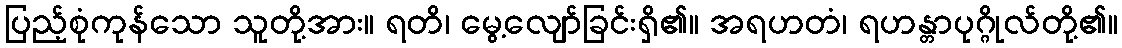
ပြည့်စုံကုန်သော သူတို့အား။ ရတိ၊ မွေ့လျော်ခြင်းရှိ၏။ အရဟတံ၊ ရဟန္တာပုဂ္ဂိုလ်တို့၏။